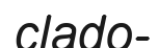
clado-